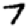
Digit: 7